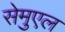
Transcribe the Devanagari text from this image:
सेमुएल